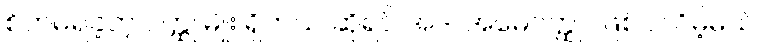
စိတ်မရဲခဲ့တဲ့ ဝတ္ထု မျိုး ရှိတယ် ဆိုရင် အဲဒါ အမေဝတ္ထုပဲဖြစ်ပါလိမ့်မယ်။